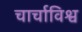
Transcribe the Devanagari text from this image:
चार्चाविश्व